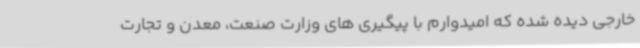
خارجی دیده شده که امیدوارم با پیگیری های وزارت صنعت، معدن و تجارت